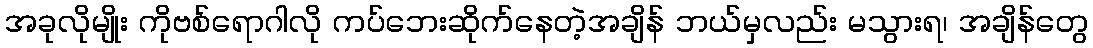
အခုလိုမျိုး ကိုဗစ်ရောဂါလို ကပ်ဘေးဆိုက်နေတဲ့အချိန် ဘယ်မှလည်း မသွားရ၊ အချိန်တွေ